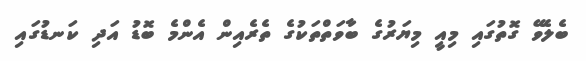
ބެލެވޭ ގޮތުގައި މިއީ މިޔަރުގެ ބާވަތްތަކުގެ ތެރެއިން އެންމެ ބޮޑު އަދި ކަނޑުގައި